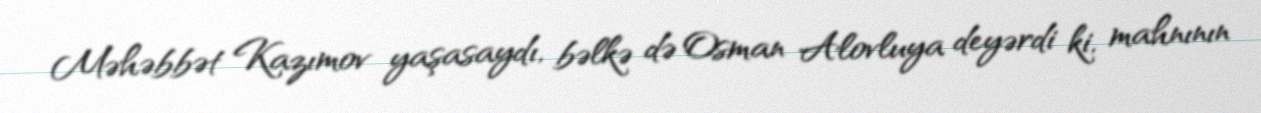
Məhəbbət Kazımov yaşasaydı, bəlkə də Osman Alovluya deyərdi ki, mahnının